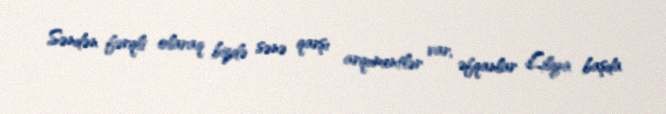
Səndən fərqli olaraq bizdə sənə qarşı arqumentlər var, əfqanlar Liliya başda